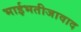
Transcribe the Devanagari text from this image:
भाईभतीजावाद